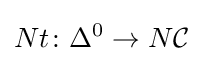
Nt\colon \Delta ^{0}\rightarrow N{\mathcal {C}}